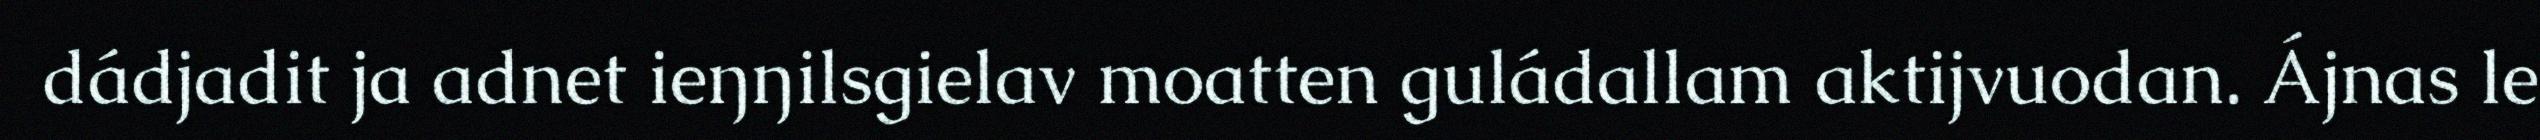
dádjadit ja adnet ieŋŋilsgielav moatten guládallam aktijvuodan. Ájnas le